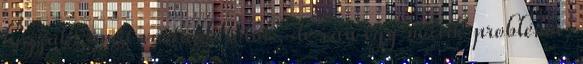
hozzák, amit vártunk tőlük, de van egy másik probléma,